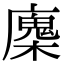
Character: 𢋝